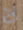
لا